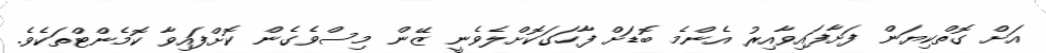
އަށް ގޮތްކިޔަން ފަށާފައިވާއިރު އެންމެ ބޮޑަށް ފާހަގަކޮށްލެވެނީ ޒޭން މިސްވެގެން ކޮށްފައިވާ ކޮމެންޓްތަކެވެ.